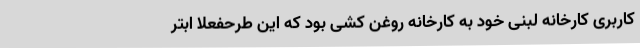
کاربری کارخانه لبنی خود به کارخانه روغن کشی بود که این طرحفعلاً ابتر